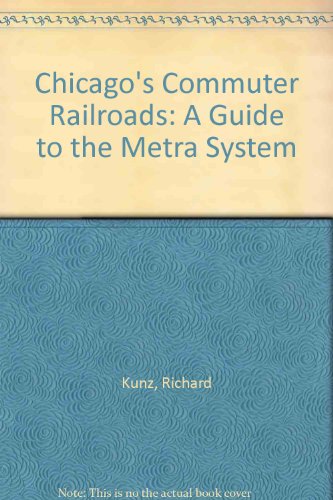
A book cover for Chicago's Commuter Railroads: A Guide to the Metra System; Richard Kunz; Travel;